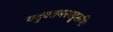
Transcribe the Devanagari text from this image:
यदुक्तमस्मद्गुरूभिः